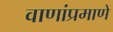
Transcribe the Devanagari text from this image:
वाणांप्रमाणे